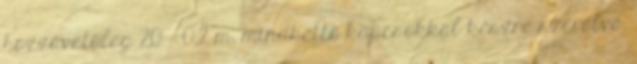
hozzávetõleg 20 ± 0,2 m, mindkettõ kapcsokkal készre szerelve.